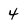
Character: 4